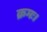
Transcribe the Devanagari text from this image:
क्रमः।